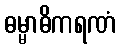
ဓမ္မာဓိကရဏံ